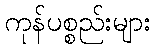
ကုန်ပစ္စည်းများ